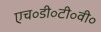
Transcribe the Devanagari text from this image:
एच॰डी॰टी॰वी॰